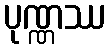
ပုဏ္ဏဿ